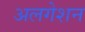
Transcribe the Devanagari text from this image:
अलगेशन